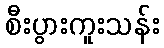
စီးပွားကူးသန်း